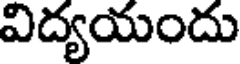
విద్యయందు